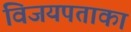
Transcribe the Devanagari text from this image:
विजयपताका